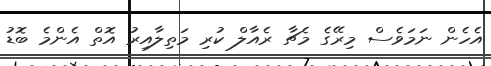
އެހެން ނަމަވެސް މިރޭގެ މެޗާ ރެއާލް ކުރި މަތިލާއިރު އޮތް އެންމެ ބޮޑު